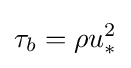
\tau _{b}=\rho u_{*}^{2}